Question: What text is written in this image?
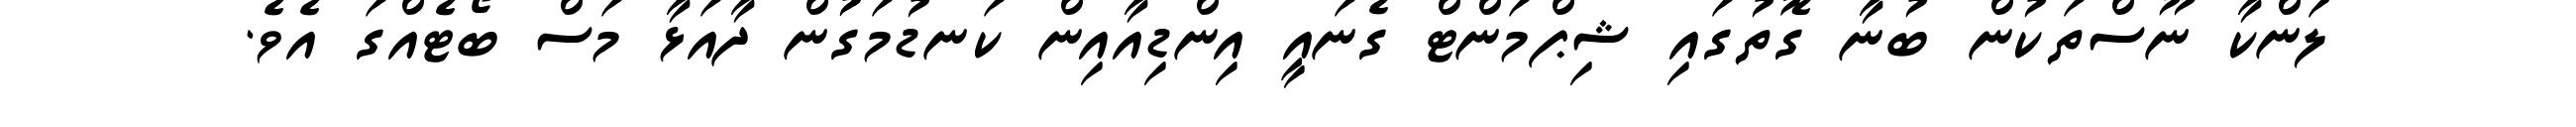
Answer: ލަންކާ ނޫސްތަކުން ބުނާ ގޮތުގައި ޝިޕްމަންޓް ގެނައީ އިންޑިއާއިން ކަނޑުމަގުން ދާއަޅާ މަސް ބޯޓެއްގަ އެވެ.